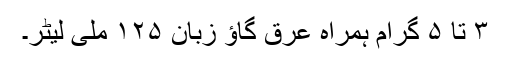
۳ تا ۵ گرام ہمراہ عرق گاؤ زبان ۱۲۵ ملی لیٹر۔